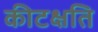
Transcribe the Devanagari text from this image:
कीटक्षति